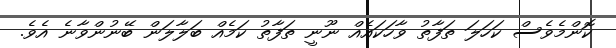
ކޮންމެވެސް ކަހަލަ ތަފާތު ވާހަކައެއް ނޫނީ ތަފާތު ކަމެއް ބަލާލަން ބޭނުންވާނެ އެވެ.